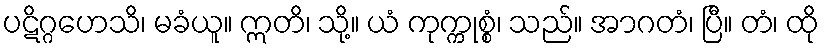
ပဋိဂ္ဂဟေသိ၊ မခံယူ။ ဣတိ၊ သို့။ ယံ ကုက္ကုစ္စံ၊ သည်။ အာဂတံ၊ ပြီ။ တံ၊ ထို